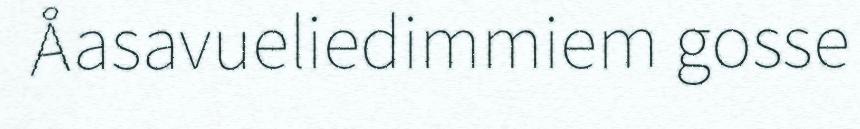
Åasavueliedimmiem gosse